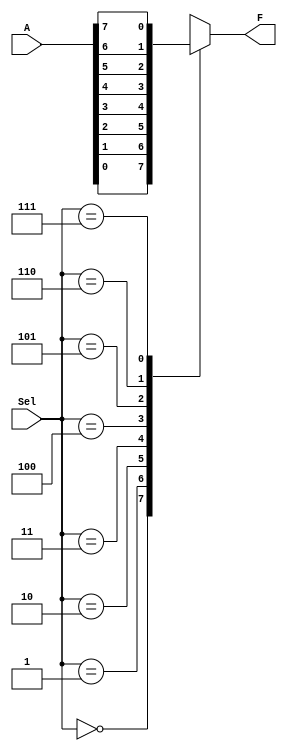
module mux8_1cond (
    input wire [2:0] Sel,
    input wire [7:0] A,
    output reg F
);
always @(*) begin
case (Sel)
    3'b000: F = A[0];
    3'b001: F = A[1];
    3'b010: F = A[2];
    3'b011: F = A[3];
    3'b100: F = A[4];
    3'b101: F = A[5];
    3'b110: F = A[6];
    3'b111: F = A[7];
endcase
end
endmodule

module mux8_1logic (
    input wire [2:0] Sel,
    input wire [7:0] A,
    output wire F
);
    assign F = A[0] & ~Sel[2] & ~Sel[1] & ~Sel[0] |
          A[1] & ~Sel[2] & ~Sel[1] & Sel[0] |
          A[2] & ~Sel[2] & Sel[1] & ~Sel[0] |
          A[3] & ~Sel[2] & Sel[1] & Sel[0] |
          A[4] & Sel[2] & ~Sel[1] & ~Sel[0] |
          A[5] & Sel[2] & ~Sel[1] & Sel[0] |
          A[6] & Sel[2] & Sel[1] & ~Sel[0] |
          A[7] & Sel[2] & Sel[1] & Sel[0];
endmodule